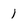
Character: 1